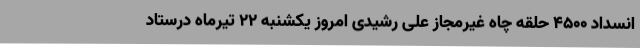
انسداد 4500 حلقه چاه غیرمجاز علی رشیدی امروز یکشنبه 22 تیرماه درستاد